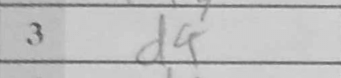
Transcription: d4